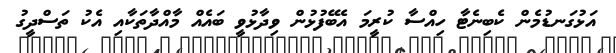
އަޅުގަނޑުމެން ކެބިނެޓާ ހިއްސާ ކުރީމަ އެބޭފުޅުން ވިދާޅުވީ ބައެއް މާއްދާތަކާއި އެކު ތަސްދީގު